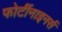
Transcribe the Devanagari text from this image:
फोर्टीनाइनर्स